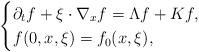
LaTeX: \begin{align*}\begin{cases}\partial_t f +\xi\cdot\nabla_{x} f = \Lambda f + K f, \\f(0,x,\xi)=f_0(x,\xi),\end{cases}\end{align*}